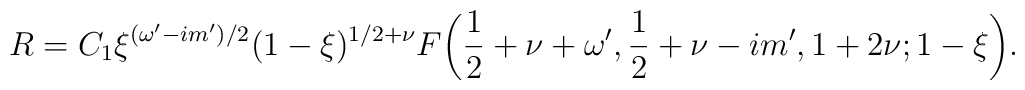
R=C_1 \xi^{(\omega'-im')/2}(1-\xi)^{1/2+\nu}F\bigg(\frac12+\nu+\omega',\frac12+\nu-im',1+2\nu;1-\xi\bigg).